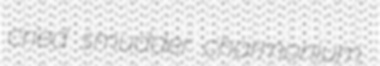
cried smudder charmonium